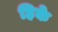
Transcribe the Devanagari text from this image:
हिके